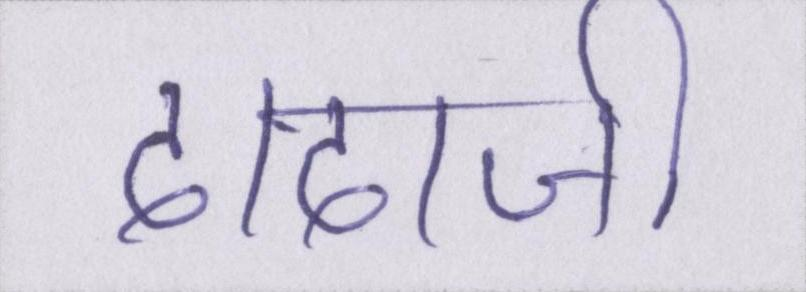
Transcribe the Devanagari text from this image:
दादाजी